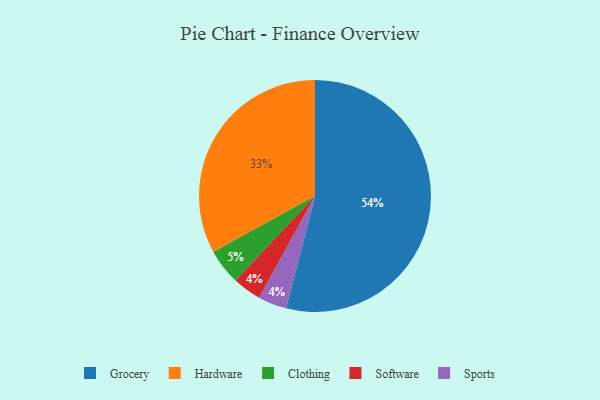
{"axis": {"x": "Category", "y": "Percentage"}, "legend": ["Clothing", "Grocery", "Hardware", "Software", "Sports"], "data": [{"x": "Software", "y": 4, "type": "Software"}, {"x": "Sports", "y": 4, "type": "Sports"}, {"x": "Clothing", "y": 5, "type": "Clothing"}, {"x": "Grocery", "y": 54, "type": "Grocery"}, {"x": "Hardware", "y": 33, "type": "Hardware"}]}